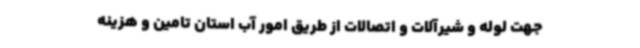
جهت لوله و شیرآلات و اتصالات از طریق امور آب استان تامین و هزینه